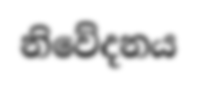
නිවේදනය